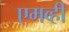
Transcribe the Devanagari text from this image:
एमव्ही